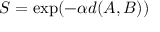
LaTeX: S = \exp ( - \alpha { d ( A , B ) } )